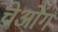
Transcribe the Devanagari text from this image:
चेओंग